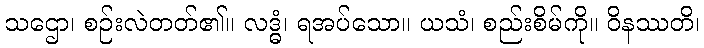
သဌော၊ စဉ်းလဲတတ်၏။ လဒ္ဓံ၊ ရအပ်သော။ ယသံ၊ စည်းစိမ်ကို။ ဝိနဿတိ၊